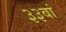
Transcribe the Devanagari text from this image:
३३वां